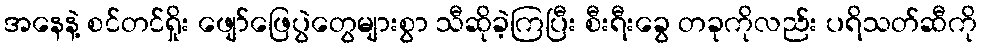
အနေနဲ့ စင်တင်ရှိုး ဖျော်ဖြေပွဲတွေများစွာ သီဆိုခဲ့ကြပြီး စီးရီးခွေ တခုကိုလည်း ပရိသတ်ဆီကို